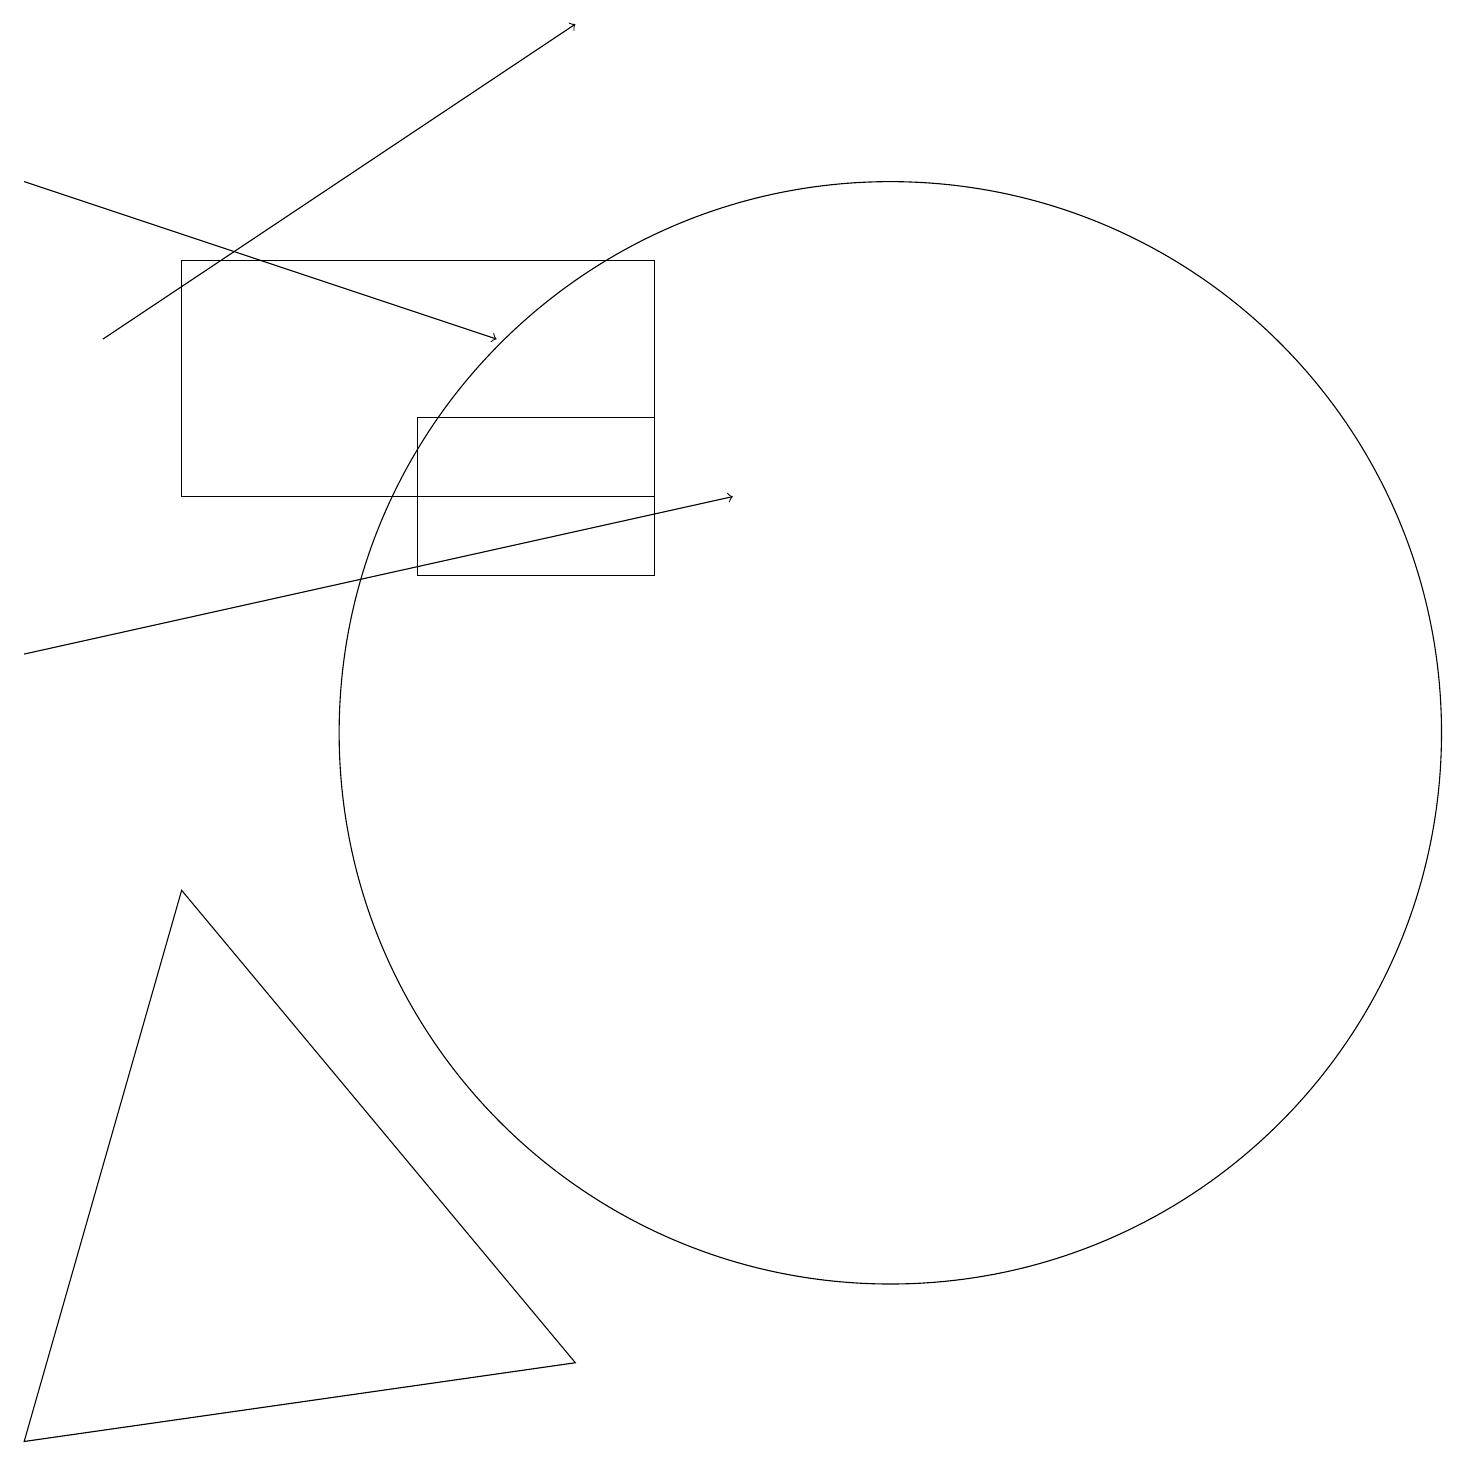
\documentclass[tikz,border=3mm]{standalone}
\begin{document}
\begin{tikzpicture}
\draw[->] (0,11) -- (9,13);
\draw (7,2) -- (0,1) -- (2,8) -- cycle;
\draw (8,13) rectangle (2,16);
\draw[->] (1,15) -- (7,19);
\draw (11,10) circle (7);
\draw (5,12) rectangle (8,14);
\draw[->] (0,17) -- (6,15);
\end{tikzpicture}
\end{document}